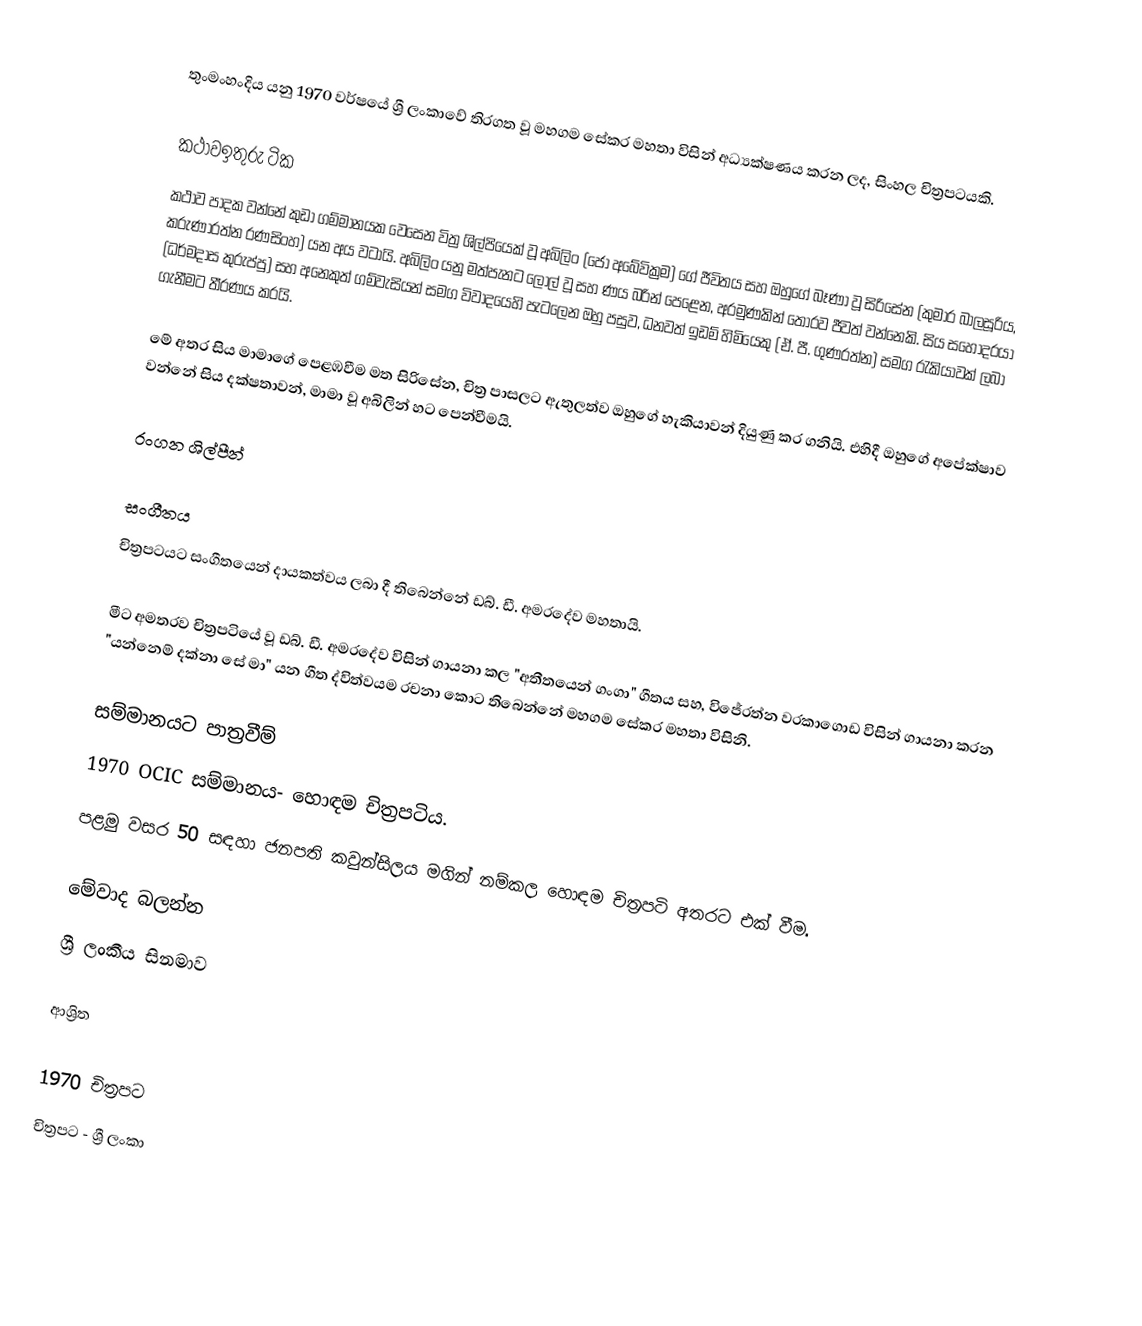
තුංමංහංදිය යනු 1970 වර්ෂයේ ශ්‍රී ලංකාවේ තිරගත වූ මහගම සේකර මහතා විසින් අධ්‍යක්ෂණය කරන ලද, සිංහල චිත්‍රපටයකි.

කථාවඉතුරු ටික
කථාව පාදක වන්නේ කුඩා ගම්මානයක වෙසෙන විත්‍ර ශිල්පියෙක් වූ අබිලිං (ජෝ අබේවික්‍රම) ගේ ජීවිතය සහ ඔහුගේ බෑණා වූ සිරිසේන (කුමාර බාලසූරිය, කරුණාරත්න රණසිංහ) යන අය වටායි. අබිලිං යනු මත්පැනට ලොල් වූ සහ ණය බරින් පෙළෙන, අරමුණකින් තොරව ජීවත් වන්නෙකි. සිය සහෝදරයා (ධර්මදාස කුරුප්පු) සහ අනෙකුත් ගම්වැසියන් සමග විවාදයෙහි පැටලෙන ඔහු පසුව, ධනවත් ඉඩම් හිමියෙකු (ඒ. පී. ගුණරත්න) සමග රැකියාවක් ලබා ගැනීමට තීරණය කරයි.

මේ අතර සිය මාමාගේ පෙළඹවීම මත සිරිසේන, චිත්‍ර පාසලට ඇතුලත්ව ඔහුගේ හැකියාවන් දියුණු කර ගනියි. එහිදී ඔහුගේ අපේක්ෂාව වන්නේ සිය දක්ෂතාවන්, මාමා වූ අබිලින් හට පෙන්වීමයි.

රංගන ශිල්පීන්

සංගීතය
චිත්‍රපටයට සංගීතයෙන් දායකත්වය ලබා දී තිබෙන්නේ ඩබ්. ඩී. අමරදේව මහතායි.

මීට අමතරව චිත්‍රපටියේ වූ ඩබ්. ඩී. අමරදේව විසින් ගායනා කල "අතීතයෙන් ගංගා" ගීතය සහ, විජේරත්න වරකාගොඩ විසින් ගායනා කරන "යන්නෙම් දක්නා සේ මා" යන ගීත ද්විත්වයම රචනා කොට තිබෙන්නේ මහගම සේකර මහතා විසිනි.

සම්මානයට පාත්‍රවීම්
1970 OCIC සම්මානය- හොඳම චිත්‍රපටිය.
පළමු වසර 50 සඳහා ජනපති කවුන්සිලය මගින් නම්කල හොඳම චිත්‍රපටි අතරට එක් වීම.

මේවාද බලන්න
ශ්‍රී ලංකීය සිනමාව

ආශ්‍රිත

1970 චිත්‍රපට
චිත්‍රපට - ශ්‍රී ලංකා